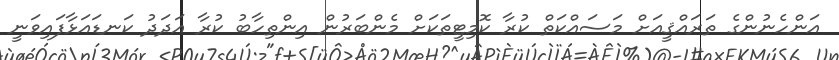
އަންހެނުންގެ ތަރައްޤީއަށް މަސައްކަތް ކުރާ ކޮމިޓީތަކަށް މެންބަރުން އިންތިހާބު ކުރާ އަދަދު ކަނޑައަޅާފައިވަނީ